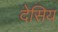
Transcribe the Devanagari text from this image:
देसिय